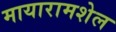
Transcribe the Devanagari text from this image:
मायारामशेल